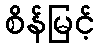
စိန်မြင့်